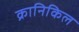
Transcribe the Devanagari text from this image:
क्रानिकिल